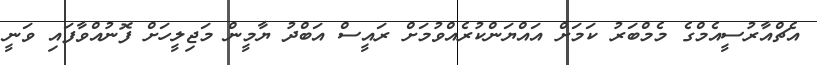
އެޗްއާރުސީއެމްގެ މެމްބަރު ކަމަށް އައްޔަންކުރެއްވުމަށް ރައީސް އަބްދު ޔާމީން މަޖިލީހަށް ފޮނުއްވާފައި ވަނީ